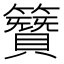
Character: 𮆪